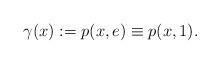
LaTeX: \begin{align*}\gamma(x):= p(x,e) \equiv p(x,1).\end{align*}